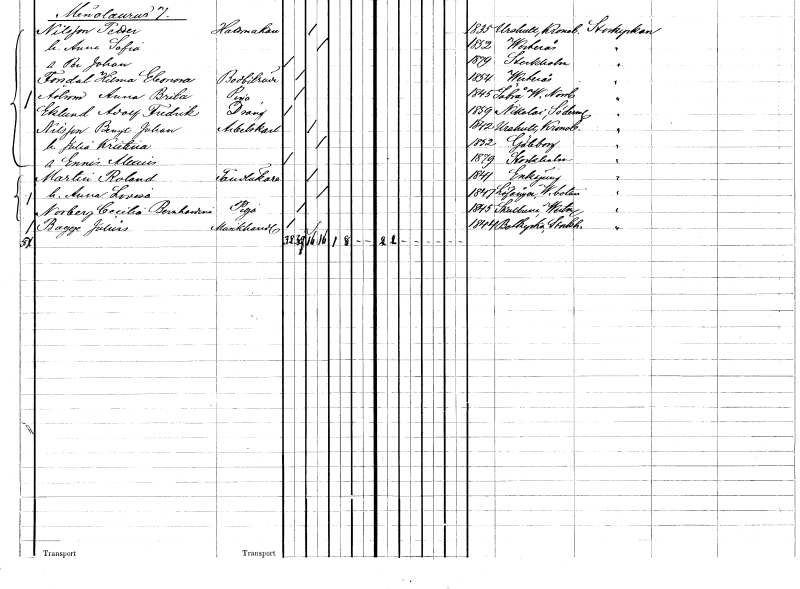
gt_parse: households: individuals: FN: Roland
EN: Martin
YRKE: Tandläkare
KON: M
CIV: G
FODAR: 1841
FODFORS: Enköping Uppsala län
FN: Anna Lovisa
KON: K
CIV: G
FODAR: 1847
FODFORS: Lövånger Västerbottens län
FN: Cecilia Bernhardina
EN: Norberg
YRKE: Piga
KON: K
CIV: O
FODAR: 1845
FODFORS: Skultuna Västmanlands län
FN: Julius
EN: Bagge
YRKE: Musikhandlande
KON: M
CIV: O
FODAR: 1844
FODFORS: Botkyrka Stockholms län